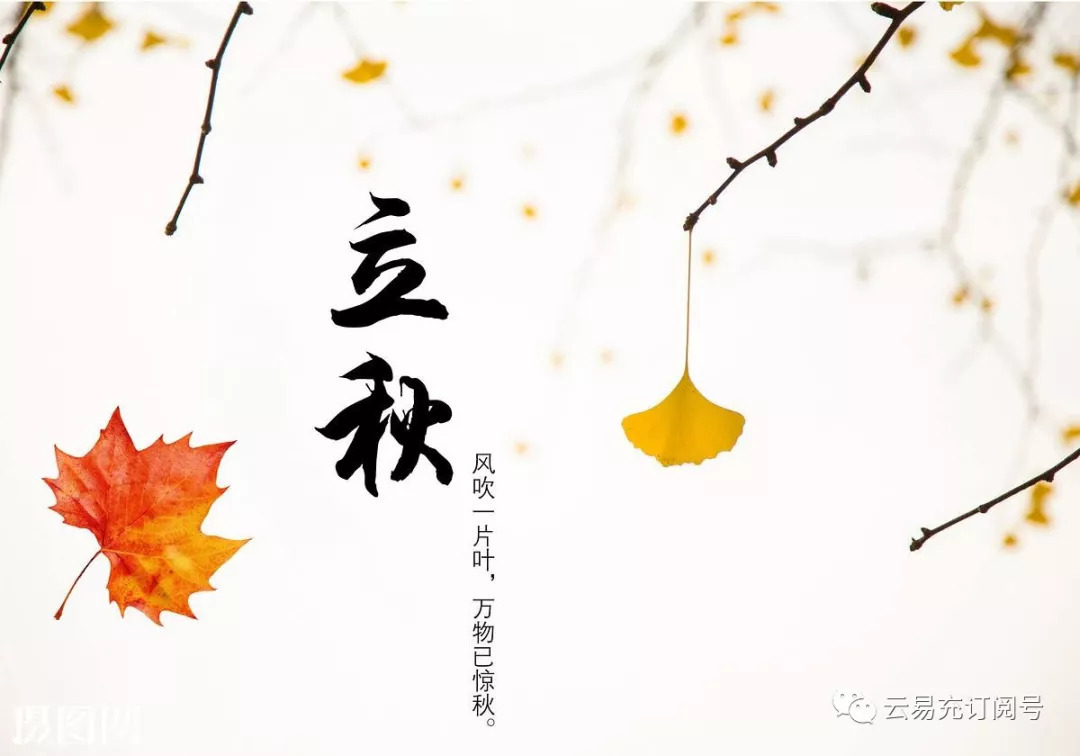
昨夜秋风入汉关，朔云边月满西山。